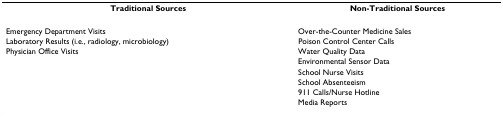
<table><thead><tr><td><b>Traditional Sources</b></td><td><b>Non-Traditional Sources</b></td></tr></thead><tbody><tr><td>Emergency Department Visits</td><td>Over-the-Counter Medicine Sales</td></tr><tr><td>Laboratory Results (i.e., radiology, microbiology)</td><td>Poison Control Center Calls</td></tr><tr><td>Physician Office Visits</td><td>Water Quality Data</td></tr><tr><td></td><td>Environmental Sensor Data</td></tr><tr><td></td><td>School Nurse Visits</td></tr><tr><td></td><td>School Absenteeism</td></tr><tr><td></td><td>911 Calls/Nurse Hotline</td></tr><tr><td></td><td>Media Reports</td></tr></tbody></table>